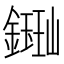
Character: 𫓈